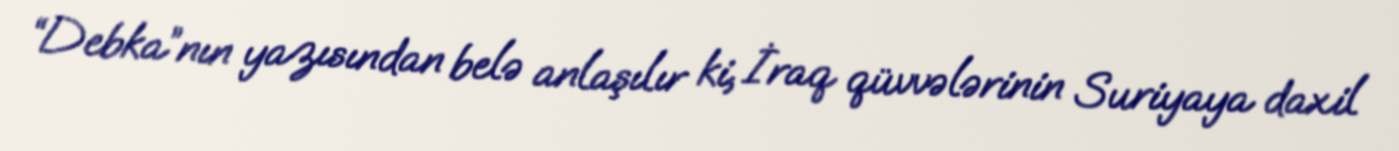
“Debka”nın yazısından belə anlaşılır ki, İraq qüvvələrinin Suriyaya daxil